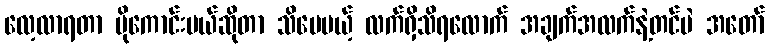
လေ့လာရတာ ပိုကောင်းမယ်ဆိုတာ သိပေမယ့် လက်ရှိသိရလောက် အချက်အလက်နဲ့တင်ပဲ အတော်